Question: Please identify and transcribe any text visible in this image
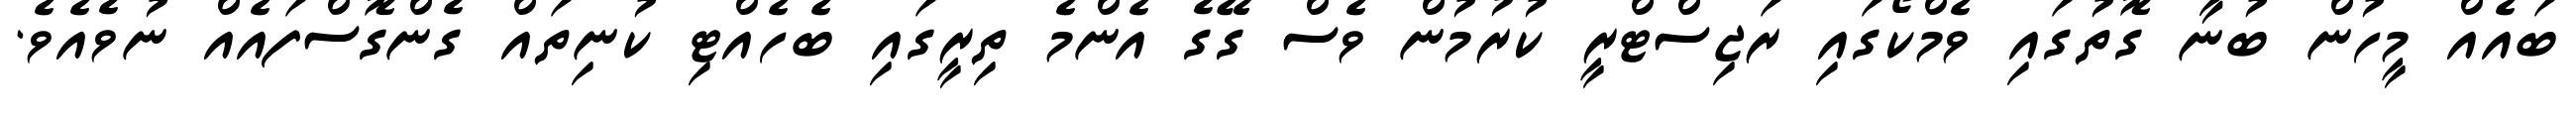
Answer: ބައެއް މީހުން ބުނާ ގޮތުގައި ވެމްކޯގައި ރަޖިސްޓްރީ ކުރުމުން ވެސް ގޭގެ އެންމެ ތިރީގައި ބެހެއްޓި ކުނިތައް ގެންގޮސްފައެއް ނުވެއެވެ.